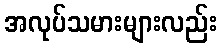
အလုပ်သမားများလည်း